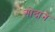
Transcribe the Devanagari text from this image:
गोदाने